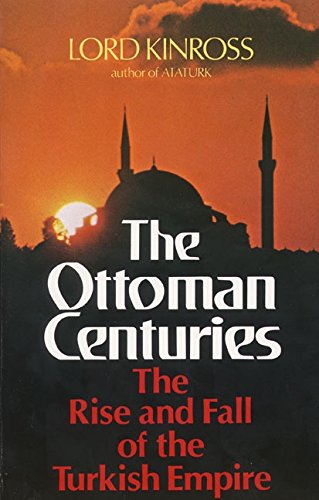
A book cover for Ottoman Centuries; Lord Kinross; History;